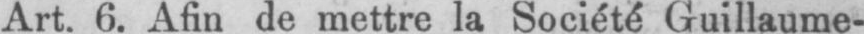
Art. 6. Afin de mettre la Société Guillaume-